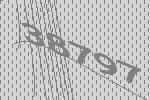
38797